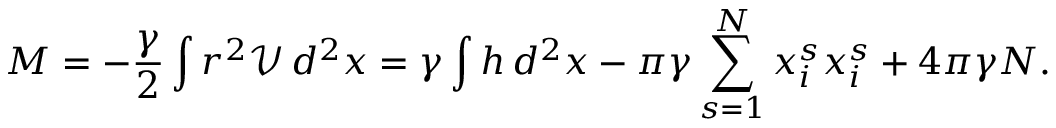
M = - \frac { \gamma } { 2 } \int r ^ { 2 } \mathcal { V } \, d ^ { 2 } x = \gamma \int h \, d ^ { 2 } x - \pi \gamma \sum _ { s = 1 } ^ { N } x _ { i } ^ { s } x _ { i } ^ { s } + 4 \pi \gamma N .